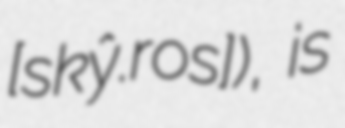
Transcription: [skŷː.ros]), is